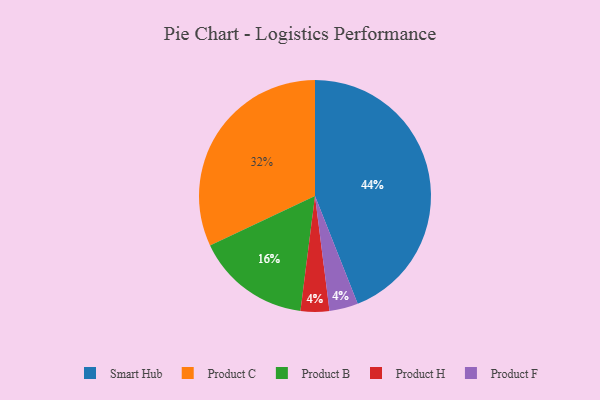
{"axis": {"x": "Category", "y": "Percentage"}, "legend": ["Product B", "Product C", "Product F", "Product H", "Smart Hub"], "data": [{"x": "Smart Hub", "y": 44, "type": "Smart Hub"}, {"x": "Product C", "y": 32, "type": "Product C"}, {"x": "Product H", "y": 4, "type": "Product H"}, {"x": "Product B", "y": 16, "type": "Product B"}, {"x": "Product F", "y": 4, "type": "Product F"}]}